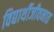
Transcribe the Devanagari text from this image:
विद्यार्थीजीवनात